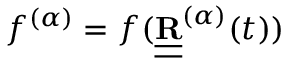
f ^ { ( \alpha ) } = f ( { \underline { { \underline { { \bf R } } } } } ^ { ( \alpha ) } ( t ) )